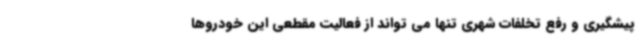
پیشگیری و رفع تخلفات شهری تنها می تواند از فعالیت مقطعی این خودروها